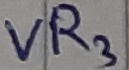
Text: VR3